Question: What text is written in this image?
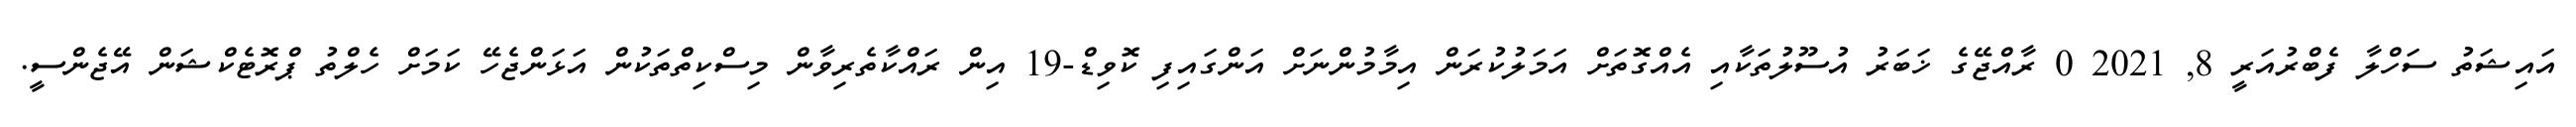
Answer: އައިޝަތު ސަހްލާ ފެބްރުއަރީ 8, 2021 0 ރާއްޖޭގެ ޚަބަރު އުސޫލުތަކާއި އެއްގޮތަށް އަމަލުކުރަން އިމާމުންނަށް އަންގައިފި ކޮވިޑް-19 އިން ރައްކާތެރިވާން މިސްކިތްތަކުން އަޅަންޖެހޭ ކަމަށް ހެލްތު ޕްރޮޓެކްޝަން އޭޖެންސީ.